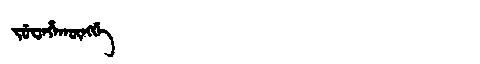
Manchu: ᠵᡠᠸᡝᡥᠠᡴᡡᠩᡤᡝ
Romanization: JUWEHAKŪNGGE